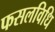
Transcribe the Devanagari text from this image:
फसलविधि